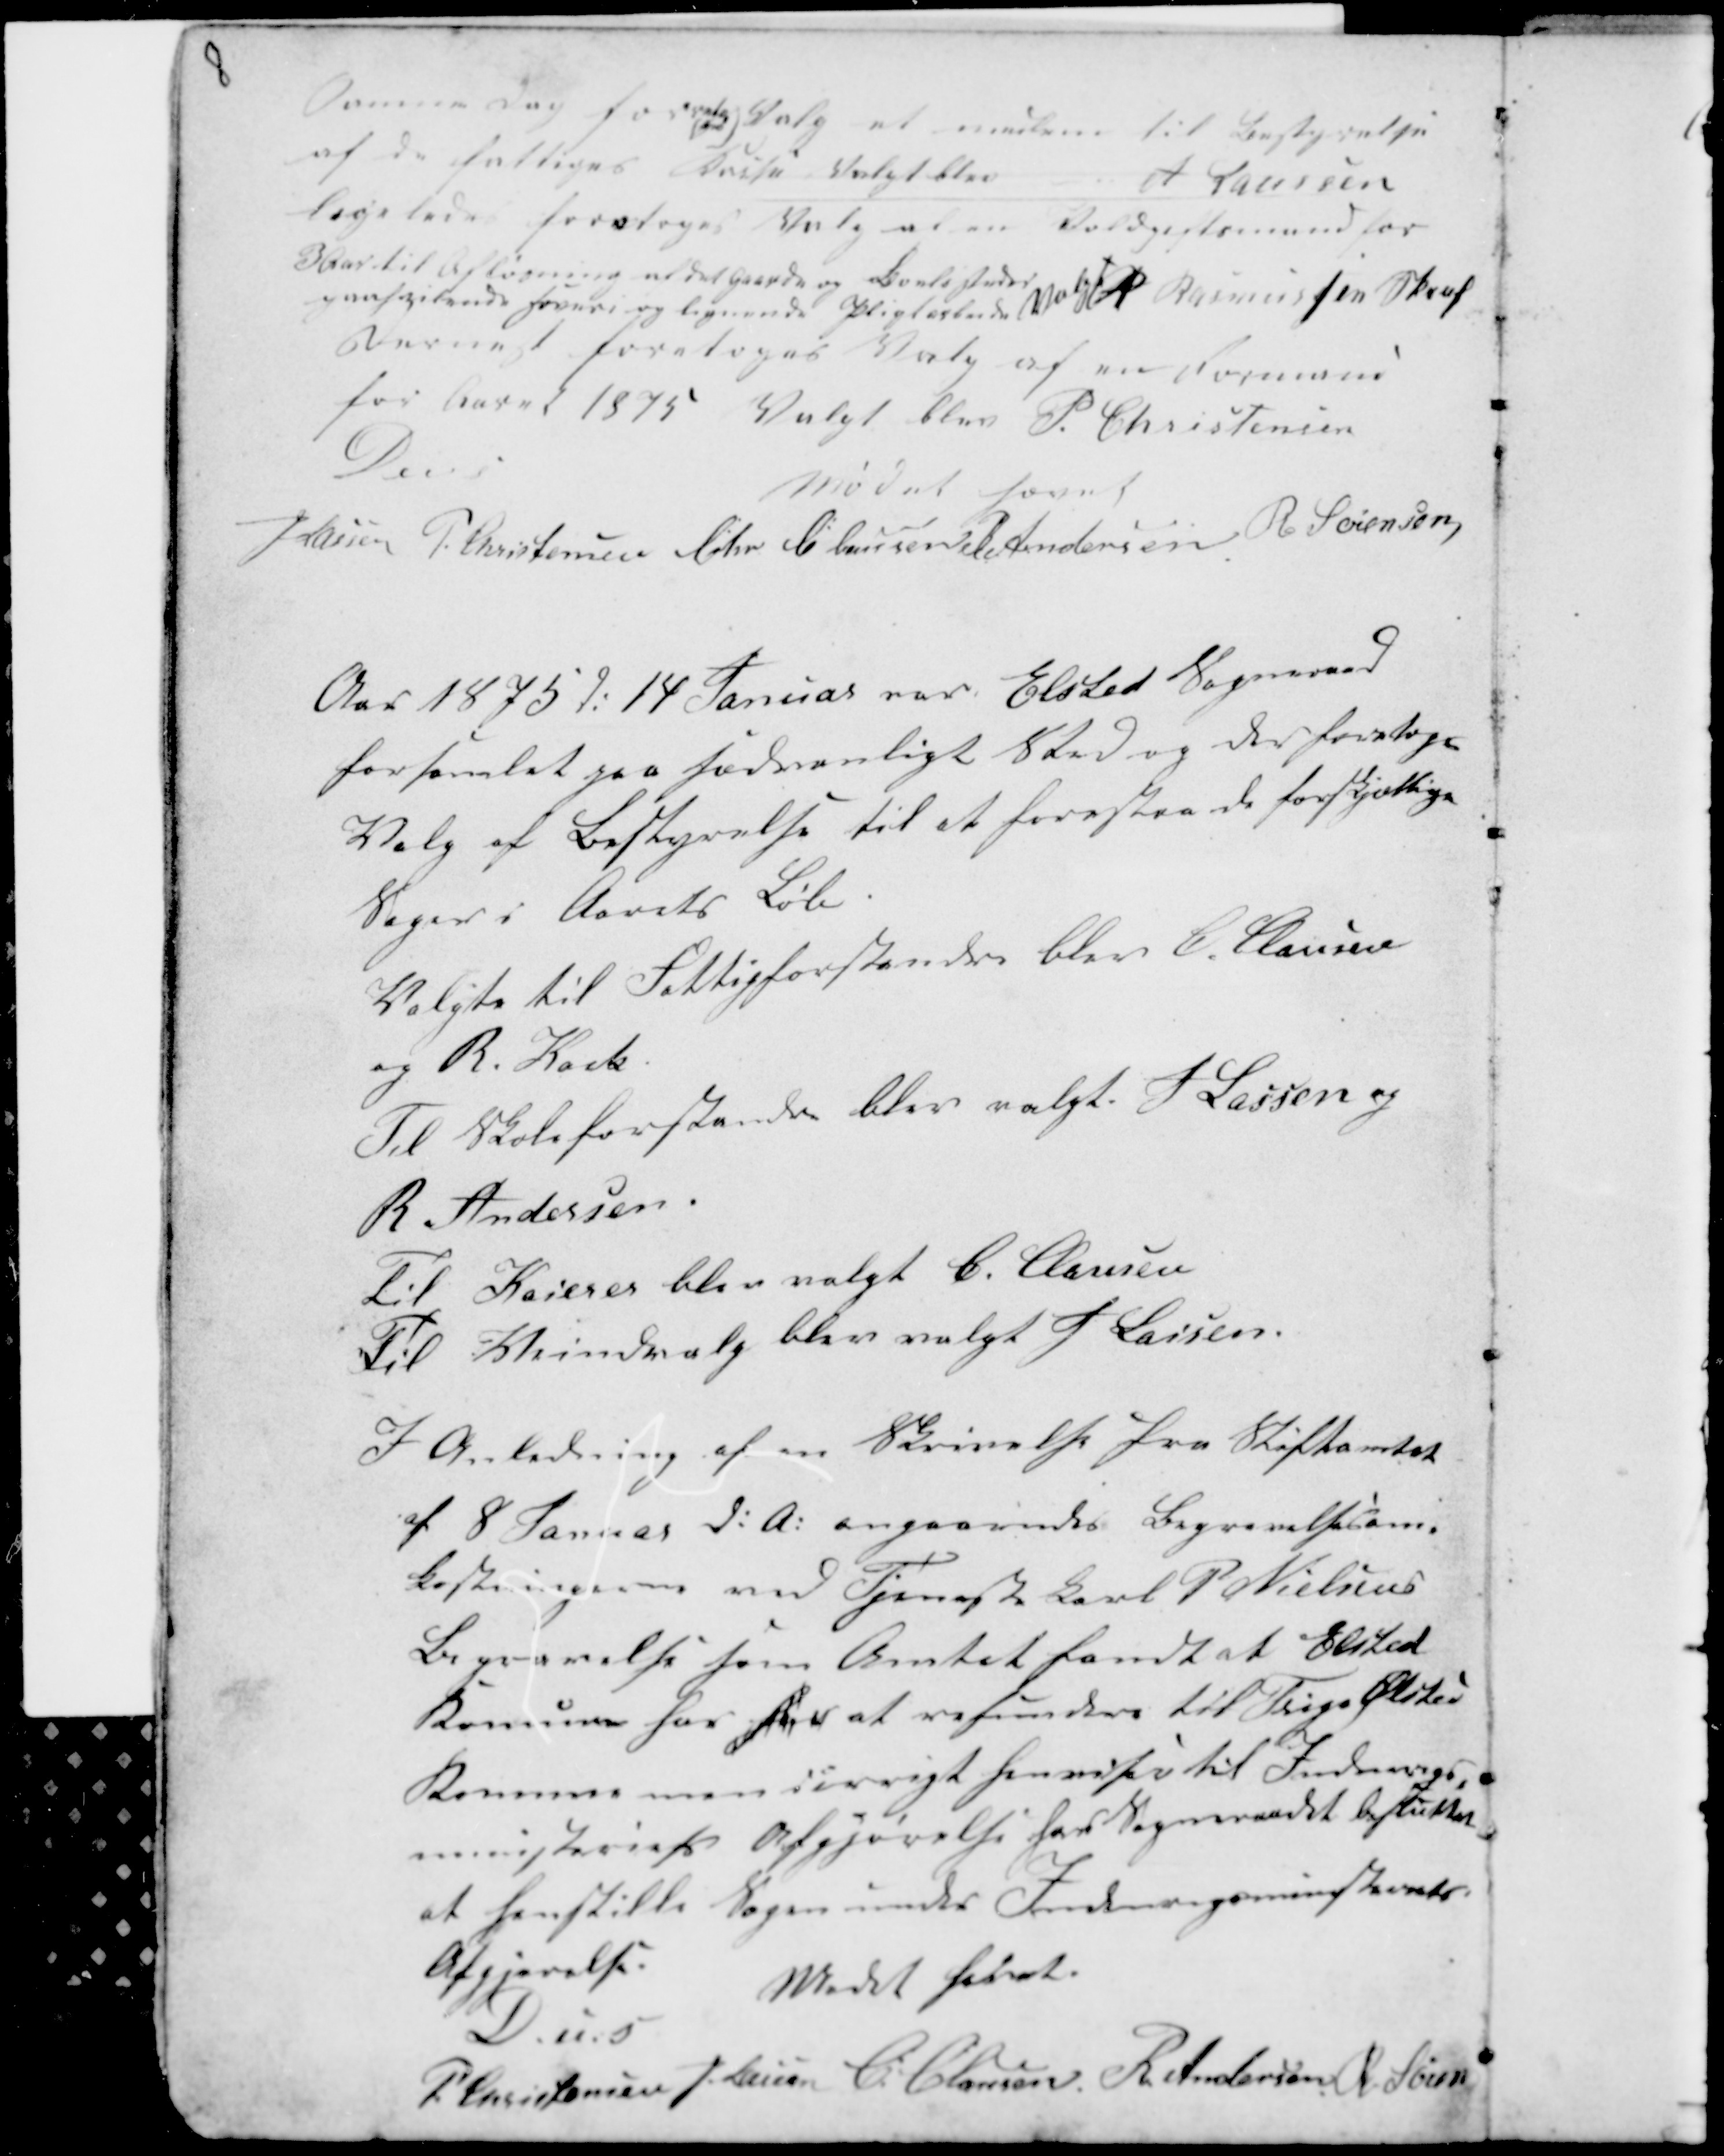
Transskription:
8

Samme dag foreto
ges
Valg et medlem til Bestyrelse
af de fattiges Kasse valgt blev
A Laursen
ligeledes foretoges Valg af en Voldgiftsmand for
3 Aar til Afløsning af det Gaarde og Boelssteder
paa fopigtende Hoveri og lignende Pligtarbeide Valgt R Rasmussen Sk.....
dernæst foretoges Valg af en Formand
for Aaret 1875 Valgt blev P. Christensen
D u s
Mødet Hævet
H Lassen P. Christensen Chr Clausen R Andersen R Sørensen

Aar 1875 d: 14 Januar var Elsted Sogneraad
forsamlet paa sædvanlig Sted og der foretoges
Valg af Bestyrelse til at forestaa de forskjællige
Sager i Aarets Løb.
Valgte til Fattigforstandere blev C. Clausen
og R. Kock.
Til Skoleforstandere blev valgt H Lassen og
R. Andersen.
Til Kaserer blev valgt C. Clausen
Til .....indvalg blev valgt H Lassen.

I Anledning af en Skrivelse fra Stiftamtet
af 8 Januar d: A: angaaende Begravelsesom-
kostningerne med Tjeneste Karl P Nielsens
Begravelse som Amtet fandt at Elsted
Komune for for at refundre til Trige Ølsted
Komune men iøvrigt henviser til Indenrigs-
ministeriets Afgørelse har Sogneraadet besluttet
at henstille Sagen under Indenrigsministeriets
Afgjørelse.
Mødet hævet.
D u s
P. Christensen H. Lassen C. Clausen R Andersen R Søren